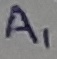
Text: A1